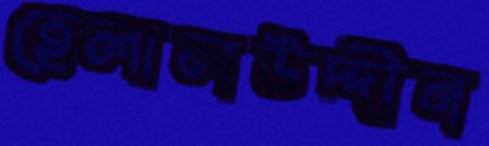
হেলালউদ্দীন